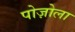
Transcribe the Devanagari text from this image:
पोज़ोला